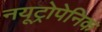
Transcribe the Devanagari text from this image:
नयूट्रोपेनिक